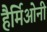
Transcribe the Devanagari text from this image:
हैर्मिओनी